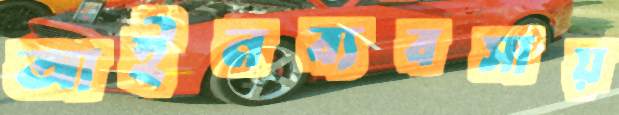
আইনব্যবসায়